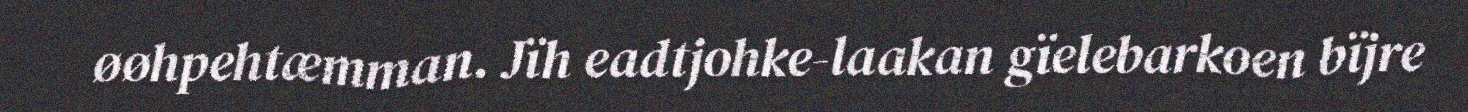
øøhpehtæmman. Jïh eadtjohke-laakan gïelebarkoen bïjre